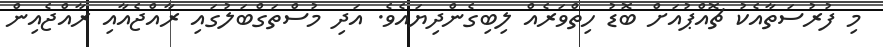
މި ފުރުސަތާއެކު ޗޮއްޕުއަށް ބޮޑު ހިތްވަރެއް ލިބިގެންދިޔައެވެ. އަދި މުސްތަގްބަލުގައި ރާއްޖެއާއި ރާއްޖެއިން